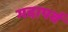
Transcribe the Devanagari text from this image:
गदापर्व